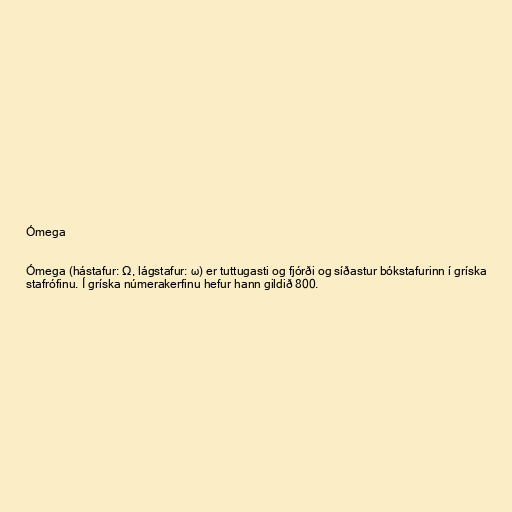
Ómega

Ómega (hástafur: Ω, lágstafur: ω) er tuttugasti og fjórði og síðastur bókstafurinn í gríska
stafrófinu. Í gríska númerakerfinu hefur hann gildið 800.